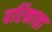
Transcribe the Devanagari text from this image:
परिकाष्ठा